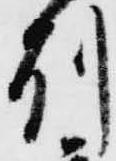
州